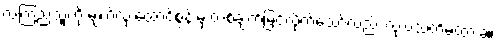
လကြည့်သူကို မျက်လုံးထောင့်စွန်းမှ တစ်ချက်မြင်လိုက်သော်လည်း လုံးဝသတိမထားခဲ့။